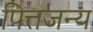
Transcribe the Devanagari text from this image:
पित्तजन्य